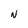
Character: N